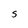
Character: S